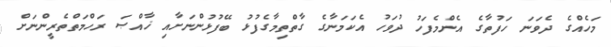
މަހެއްގެ ދެވަނަ ހަފުތާގެ އެންމެފަހު ދުވަހު އެކަމަނާގެ ގާތްތިމާގެފުޅު ބޭފުޅުންނަށާއި ޚާއްޞަ ރަހްމަތްތެރީންނަށް